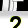
Digit: 2